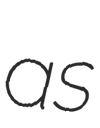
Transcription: as